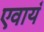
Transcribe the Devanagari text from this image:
एवायं